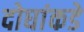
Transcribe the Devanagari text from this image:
दोघांकडे